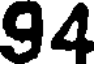
94